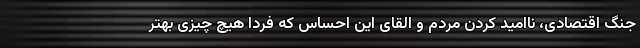
جنگ اقتصادی، ناامید کردن مردم و القای این احساس که فردا هیچ چیزی بهتر